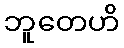
ဘူတေဟိ